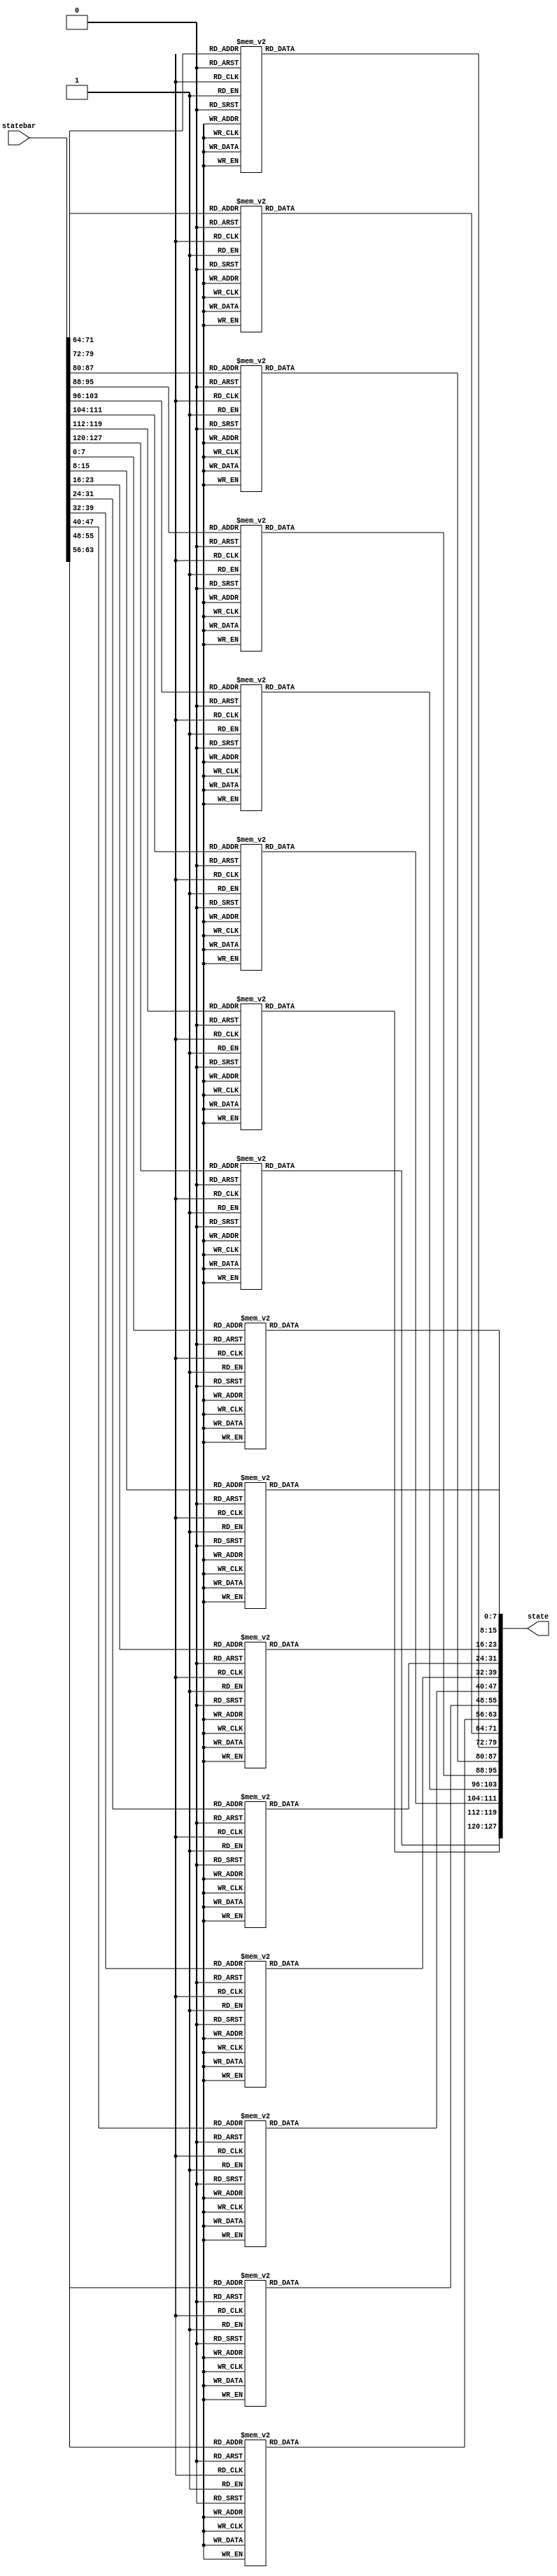

module inverse_subByte(statebar,state);
 input wire[127:0] statebar;
 output reg [127:0] state;
   integer i;
function [7:0] c(input [7:0] a);            begin
        case (a)
           8'h00: c=8'h52;
	   8'h01: c=8'h09;
	   8'h02: c=8'h6a;
	   8'h03: c=8'hd5;
	   8'h04: c=8'h30;
	   8'h05: c=8'h36;
	   8'h06: c=8'ha5;
	   8'h07: c=8'h38;
	   8'h08: c=8'hbf;
	   8'h09: c=8'h40;
	   8'h0a: c=8'ha3;
	   8'h0b: c=8'h9e;
	   8'h0c: c=8'h81;
	   8'h0d: c=8'hf3;
	   8'h0e: c=8'hd7;
	   8'h0f: c=8'hfb;


	   8'h10: c=8'h7c;
	   8'h11: c=8'he3;
	   8'h12: c=8'h39;
	   8'h13: c=8'h82;
	   8'h14: c=8'h9b;
	   8'h15: c=8'h2f;
	   8'h16: c=8'hff;
	   8'h17: c=8'h87;
	   8'h18: c=8'h34;
	   8'h19: c=8'h8e;
	   8'h1a: c=8'h43;
	   8'h1b: c=8'h44;
	   8'h1c: c=8'hc4;
	   8'h1d: c=8'hde;
	   8'h1e: c=8'he9;
	   8'h1f: c=8'hcb;


	   8'h20: c=8'h54;
	   8'h21: c=8'h7b;
	   8'h22: c=8'h94;
	   8'h23: c=8'h32;
	   8'h24: c=8'ha6;
	   8'h25: c=8'hc2;
	   8'h26: c=8'h23;
	   8'h27: c=8'h3d;
	   8'h28: c=8'hee;
	   8'h29: c=8'h4c;
	   8'h2a: c=8'h95;
	   8'h2b: c=8'h0b;
	   8'h2c: c=8'h42;
	   8'h2d: c=8'hfa;
	   8'h2e: c=8'hc3;
	   8'h2f: c=8'h4e;


	   8'h30: c=8'h08;
	   8'h31: c=8'h2e;
	   8'h32: c=8'ha1;
	   8'h33: c=8'h66;
	   8'h34: c=8'h28;
	   8'h35: c=8'hd9;
	   8'h36: c=8'h24;
	   8'h37: c=8'hb2;
	   8'h38: c=8'h76;
	   8'h39: c=8'h5b;
	   8'h3a: c=8'ha2;
	   8'h3b: c=8'h49;
	   8'h3c: c=8'h6d;
	   8'h3d: c=8'h8b;
	   8'h3e: c=8'hd1;
	   8'h3f: c=8'h25;


	   8'h40: c=8'h72;
	   8'h41: c=8'hf8;
	   8'h42: c=8'hf6;
	   8'h43: c=8'h64;
	   8'h44: c=8'h86;
	   8'h45: c=8'h68;
	   8'h46: c=8'h98;
	   8'h47: c=8'h16;
	   8'h48: c=8'hd4;
	   8'h49: c=8'ha4;
	   8'h4a: c=8'h5c;
	   8'h4b: c=8'hcc;
	   8'h4c: c=8'h5d;
	   8'h4d: c=8'h65;
	   8'h4e: c=8'hb6;
	   8'h4f: c=8'h92;


	   8'h50: c=8'h6c;
	   8'h51: c=8'h70;
	   8'h52: c=8'h48;
	   8'h53: c=8'h50;
	   8'h54: c=8'hfd;
	   8'h55: c=8'hed;
	   8'h56: c=8'hb9;
	   8'h57: c=8'hda;
	   8'h58: c=8'h5e;
	   8'h59: c=8'h15;
	   8'h5a: c=8'h46;
	   8'h5b: c=8'h57;
	   8'h5c: c=8'ha7;
	   8'h5d: c=8'h8d;
	   8'h5e: c=8'h9d;
	   8'h5f: c=8'h84;


	   8'h60: c=8'h90;
	   8'h61: c=8'hd8;
	   8'h62: c=8'hab;
	   8'h63: c=8'h00;
	   8'h64: c=8'h8c;
	   8'h65: c=8'hbc;
	   8'h66: c=8'hd3;
	   8'h67: c=8'h0a;
	   8'h68: c=8'hf7;
	   8'h69: c=8'he4;
	   8'h6a: c=8'h58;
	   8'h6b: c=8'h05;
	   8'h6c: c=8'hb8;
	   8'h6d: c=8'hb3;
	   8'h6e: c=8'h45;
	   8'h6f: c=8'h06;




	   8'h70: c=8'hd0;
	   8'h71: c=8'h2c;
	   8'h72: c=8'h1e;
	   8'h73: c=8'h8f;//
	   8'h74: c=8'hca;
	   8'h75: c=8'h3f;
	   8'h76: c=8'h0f;
	   8'h77: c=8'h02;
	   8'h78: c=8'hc1;
	   8'h79: c=8'haf;
	   8'h7a: c=8'hbd;
	   8'h7b: c=8'h03;
	   8'h7c: c=8'h01;
	   8'h7d: c=8'h13;
	   8'h7e: c=8'h8a;
	   8'h7f: c=8'h6b;


	   8'h80: c=8'h3a;
	   8'h81: c=8'h91;
	   8'h82: c=8'h11;
	   8'h83: c=8'h41;
	   8'h84: c=8'h4f;
	   8'h85: c=8'h67;
	   8'h86: c=8'hdc;
	   8'h87: c=8'hea;
	   8'h88: c=8'h97;
	   8'h89: c=8'hf2;
	   8'h8a: c=8'hcf;
	   8'h8b: c=8'hce;
	   8'h8c: c=8'hf0;
	   8'h8d: c=8'hb4;
	   8'h8e: c=8'he6;
	   8'h8f: c=8'h73;//


	   8'h90: c=8'h96;
	   8'h91: c=8'hac;
	   8'h92: c=8'h74;
	   8'h93: c=8'h22;
	   8'h94: c=8'he7;
	   8'h95: c=8'had;
	   8'h96: c=8'h35;
	   8'h97: c=8'h85;
	   8'h98: c=8'he2;
	   8'h99: c=8'hf9;
	   8'h9a: c=8'h37;
	   8'h9b: c=8'he8;
	   8'h9c: c=8'h1c;
	   8'h9d: c=8'h75;
	   8'h9e: c=8'hdf;
	   8'h9f: c=8'h6e;


	   8'ha0: c=8'h47;
	   8'ha1: c=8'hf1;
	   8'ha2: c=8'h1a;
	   8'ha3: c=8'h71;
	   8'ha4: c=8'h1d;
	   8'ha5: c=8'h29;
	   8'ha6: c=8'hc5;
	   8'ha7: c=8'h89;
	   8'ha8: c=8'h6f;
	   8'ha9: c=8'hb7;
	   8'haa: c=8'h62;
	   8'hab: c=8'h0e;
	   8'hac: c=8'haa;
	   8'had: c=8'h18;
	   8'hae: c=8'hbe;
	   8'haf: c=8'h1b;


	   8'hb0: c=8'hfc;
	   8'hb1: c=8'h56;
	   8'hb2: c=8'h3e;
	   8'hb3: c=8'h4b;
	   8'hb4: c=8'hc6;
	   8'hb5: c=8'hd2;
	   8'hb6: c=8'h79;
	   8'hb7: c=8'h20;
	   8'hb8: c=8'h9a;
	   8'hb9: c=8'hdb;
	   8'hba: c=8'hc0;
	   8'hbb: c=8'hfe;
	   8'hbc: c=8'h78;
	   8'hbd: c=8'hcd;
	   8'hbe: c=8'h5a;
	   8'hbf: c=8'hf4;


	   8'hc0: c=8'h1f;
	   8'hc1: c=8'hdd;
	   8'hc2: c=8'ha8;
	   8'hc3: c=8'h33;
	   8'hc4: c=8'h88;
	   8'hc5: c=8'h07;
	   8'hc6: c=8'hc7;
	   8'hc7: c=8'h31;
	   8'hc8: c=8'hb1;
	   8'hc9: c=8'h12;
	   8'hca: c=8'h10;
	   8'hcb: c=8'h59;
	   8'hcc: c=8'h27;
	   8'hcd: c=8'h80;
	   8'hce: c=8'hec;
	   8'hcf: c=8'h5f;


	   8'hd0: c=8'h60;
	   8'hd1: c=8'h51;
	   8'hd2: c=8'h7f;
	   8'hd3: c=8'ha9;
	   8'hd4: c=8'h19;
	   8'hd5: c=8'hb5;
	   8'hd6: c=8'h4a;
	   8'hd7: c=8'h0d;
	   8'hd8: c=8'h2d;
	   8'hd9: c=8'he5;
	   8'hda: c=8'h7a;
	   8'hdb: c=8'h9f;
	   8'hdc: c=8'h93;
	   8'hdd: c=8'hc9;
	   8'hde: c=8'h9c;
	   8'hdf: c=8'hef;



	   8'he0: c=8'ha0;
	   8'he1: c=8'he0;
	   8'he2: c=8'h3b;
	   8'he3: c=8'h4d;
	   8'he4: c=8'hae;
	   8'he5: c=8'h2a;
	   8'he6: c=8'hf5;
	   8'he7: c=8'hb0;
	   8'he8: c=8'hc8;
	   8'he9: c=8'heb;
	   8'hea: c=8'hbb;
	   8'heb: c=8'h3c;
	   8'hec: c=8'h83;
	   8'hed: c=8'h53;
	   8'hee: c=8'h99;
	   8'hef: c=8'h61;


	   8'hf0: c=8'h17;
	   8'hf1: c=8'h2b;
	   8'hf2: c=8'h04;
	   8'hf3: c=8'h7e;
	   8'hf4: c=8'hba;
	   8'hf5: c=8'h77;
	   8'hf6: c=8'hd6;
	   8'hf7: c=8'h26;
	   8'hf8: c=8'he1;
	   8'hf9: c=8'h69;
	   8'hfa: c=8'h14;
	   8'hfb: c=8'h63;
	   8'hfc: c=8'h55;
	   8'hfd: c=8'h21;
	   8'hfe: c=8'h0c;
	   8'hff: c=8'h7d;


	endcase
end
endfunction
  
always @*begin
for(i=0;i<16;i=i+1)begin

state[7+8*i-:8]=c(statebar[7+8*i-:8]);
end

end


endmodule